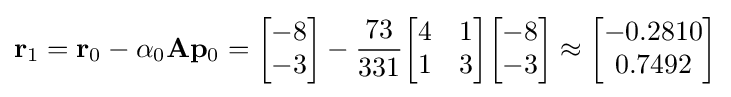
\mathbf {r} _{1}=\mathbf {r} _{0}-\alpha _{0}\mathbf {A} \mathbf {p} _{0}={\begin{bmatrix}-8\\-3\end{bmatrix}}-{\frac {73}{331}}{\begin{bmatrix}4&1\\1&3\end{bmatrix}}{\begin{bmatrix}-8\\-3\end{bmatrix}}\approx {\begin{bmatrix}-0.2810\\0.7492\end{bmatrix}}